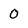
Character: 0